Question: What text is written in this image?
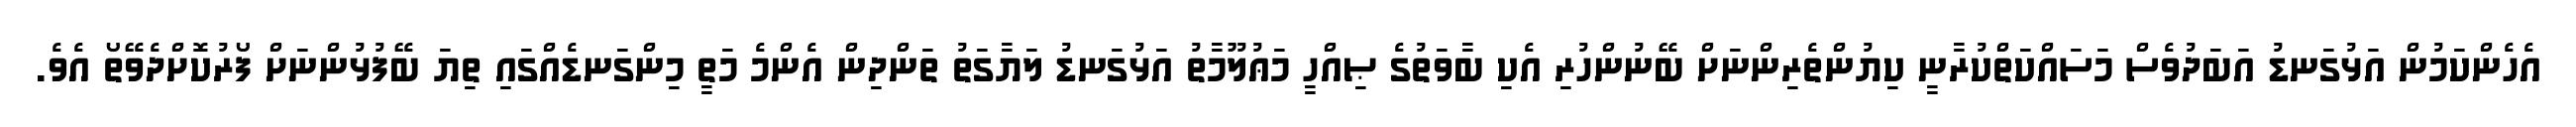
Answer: އެހެންކަމުން އަޅުގަނޑު އަބަދުވެސް މަސައްކަތްކުރާނީ ކިޔުންތެރިންނަށް ބޭނުންހުރި އެކި ބާވަތުގެ ޞިއްހީ މަޢުލޫމާތު އަޅުގަނޑު ލަޔާގަތު ތަންދިން އެންމެ މަތީ މިންގަނޑެއްގައި ތިޔަ ބޭފުޅުންނަށް ފޯރުކޮށްދެވޭތޯ އެވެ.